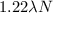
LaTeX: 1 . 2 2 \lambda N